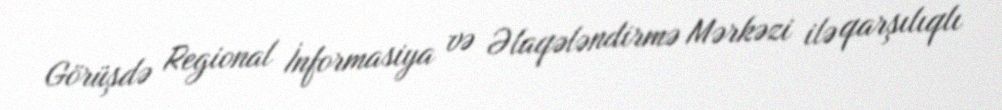
Görüşdə Regional İnformasiya və Əlaqələndirmə Mərkəzi ilə qarşılıqlı